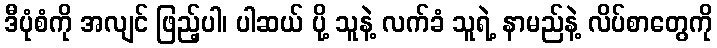
ဒီပုံစံကို အလျင် ဖြည့်ပါ၊ ပါဆယ် ပို့ သူနဲ့ လက်ခံ သူရဲ့ နာမည်နဲ့ လိပ်စာတွေကို